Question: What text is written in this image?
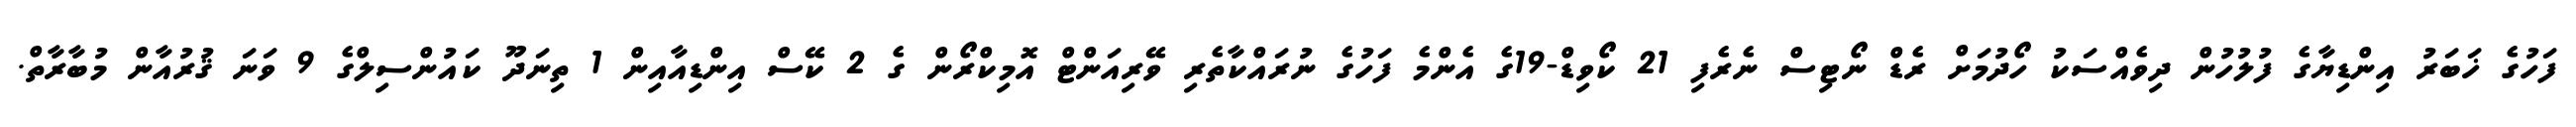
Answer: ފަހުގެ ޚަބަރު އިންޑިޔާގެ ފުލުހުން ދިވެއްސަކު ހޯދުމަށް ރެޑް ނޯޓިސް ނެރެފި 21 ކޯވިޑް-19ގެ އެންމެ ފަހުގެ ނުރައްކާތެރި ވޭރިއަންޓް އޮމިކްރޯން ގެ 2 ކޭސް އިންޑިއާއިން 1 ތިނަދޫ ކައުންސިލްގެ 9 ވަނަ ޤުރުއާން މުބާރާތް.